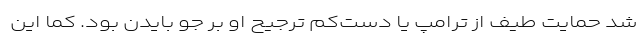
شد حمایت طیف از ترامپ یا دست‌کم ترجیح او بر جو بایدن بود. کما این